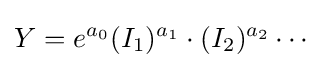
Y=e^{a_{0}}(I_{1})^{a_{1}}\cdot (I_{2})^{a_{2}}\cdots